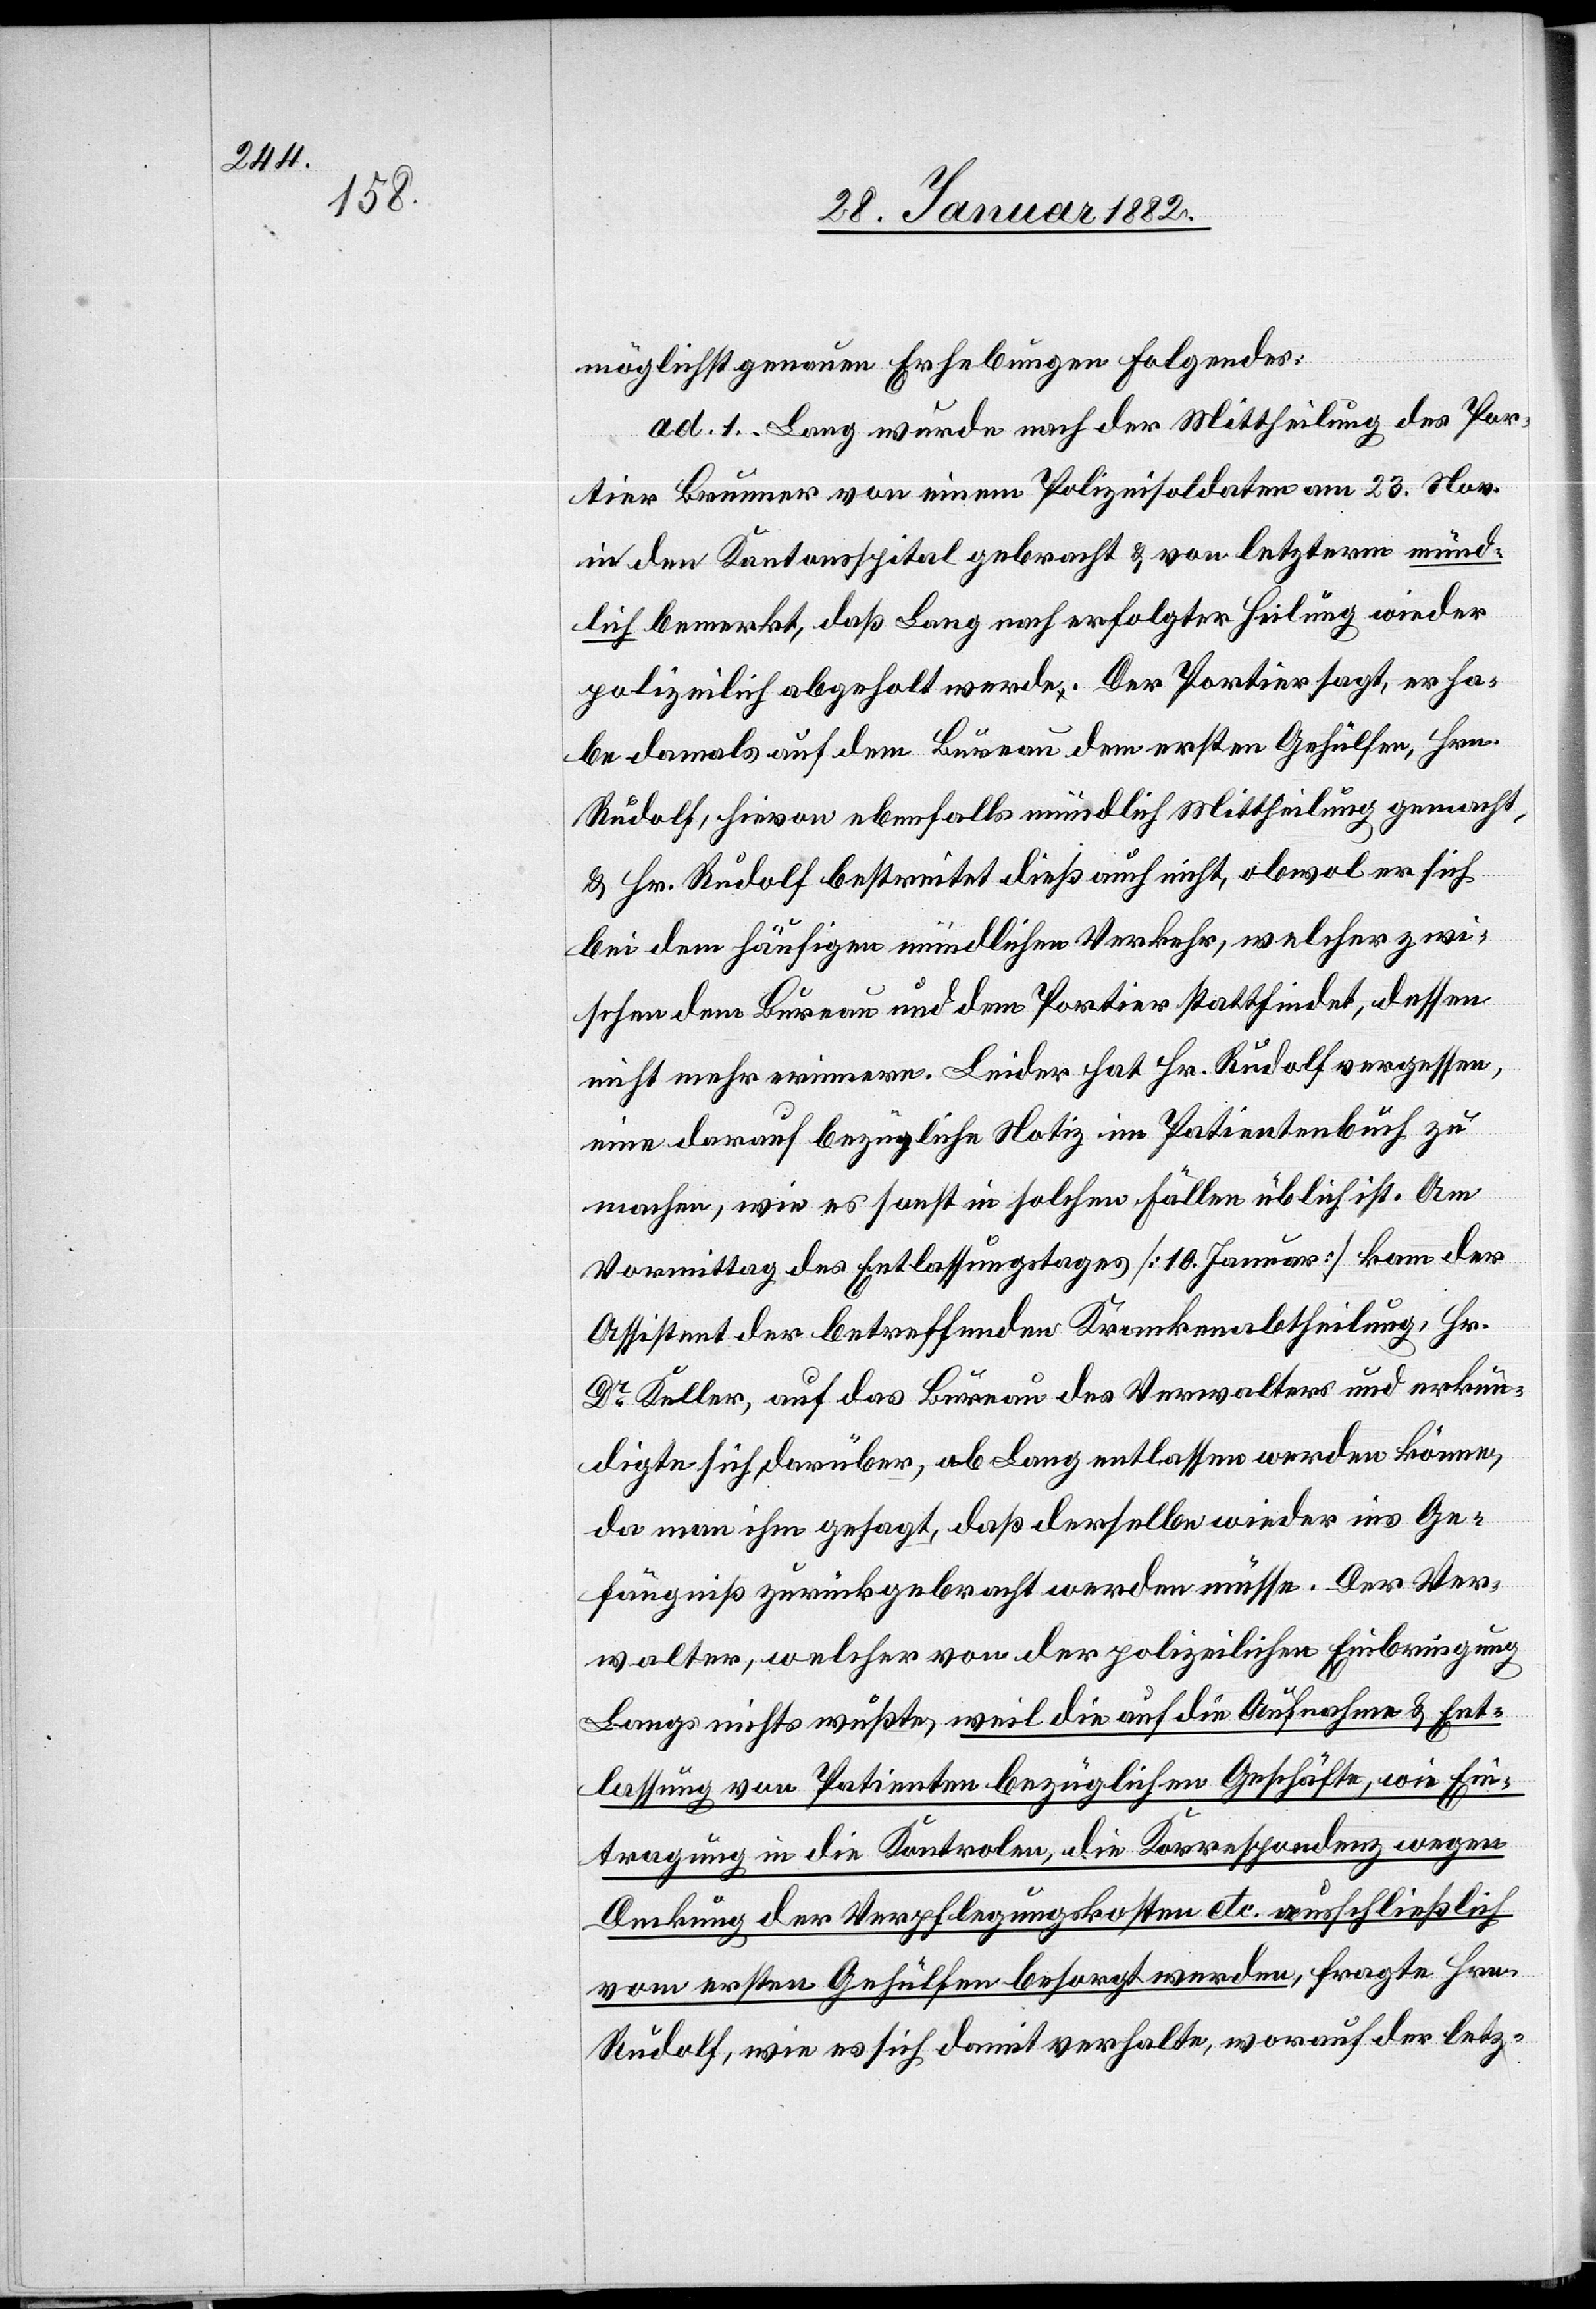
möglichst genauen Erhebungen Folgendes:
ad. 1. Lang wurde nach der Mittheilung des Por¬
tier Brunner von einem Polizeisoldaten am 23. Nov.
in den Kantonsspital gebracht & von letzterm münd¬
lich bemerkt, daß Lang nach erfolgter Heilung wieder
polizeilich abgeholt werde. Der Portier sagt, er ha¬
be damals auf dem Bureau dem ersten Gehülfen, Hrn.
Rudolf, hievon ebenfalls mündlich Mittheilung gemacht,
& Hr. Rudolf bestreitet dieß auch nicht, obwol er sich
bei dem häufigen mündlichen Verkehr, welcher zwi¬
schen dem Bureau und dem Portier stattfindet, dessen
nicht mehr erinnere. Leider hat Hr. Rudolf vergessen,
eine darauf bezügliche Notiz im Patientenbrief zu
machen, wie es sonst in solchen Fällen üblich ist. Am
Vormittag des Entlassungstages [10. Januar] kam der
Assistent der betreffenden Krankenabtheilung, Hr.
Dr Keller, auf das Bureau des Verwalters und erkun¬
digte sich darüber, ob Lang entlassen werden könne,
da man ihm gesagt, daß derselbe wieder ins Ge¬
fängniß zurückgebracht werden müsse. Der Ver¬
walter, welcher von der polizeilichen Einbringung
Langs nichts wußte, weil die auf die Aufnahme & Ent¬
lassung von Patienten bezüglichen Geschäfte, wie Ein¬
tragung in die Kontrolen, die Korrespondenz wegen
Deckung der Verpflegungskosten etc. ausschließlich
vom ersten Gehülfen besorgt werden, fragte Hrn.
Rudolf, wie es sich damit verhalte, worauf der letz-